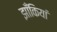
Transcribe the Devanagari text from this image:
झाँकियां